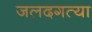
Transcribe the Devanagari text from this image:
जलदगत्या